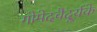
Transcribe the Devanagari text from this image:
गोमेदवैदूर्यके